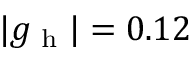
| g _ { \textrm { h } } | = 0 . 1 2